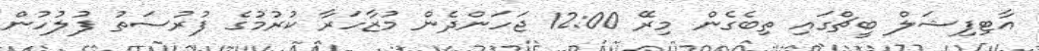
އާޓިފިޝަލް ބީޗްގައި ތިބެގެން މިރޭ 12:00 ޖަހަންދެން މުޒާހަރާ ކުރުމުގެ ފުރުސަތު ފުލުހުން